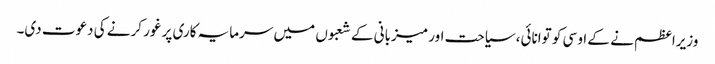
وزیراعظم نے کے او سی کو توانائی، سیاحت اور میزبانی کے شعبوں میں سرمایہ کاری پر غور کرنے کی دعوت دی۔